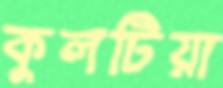
কুলটিয়া